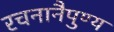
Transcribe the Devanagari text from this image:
रचनानैपुण्य